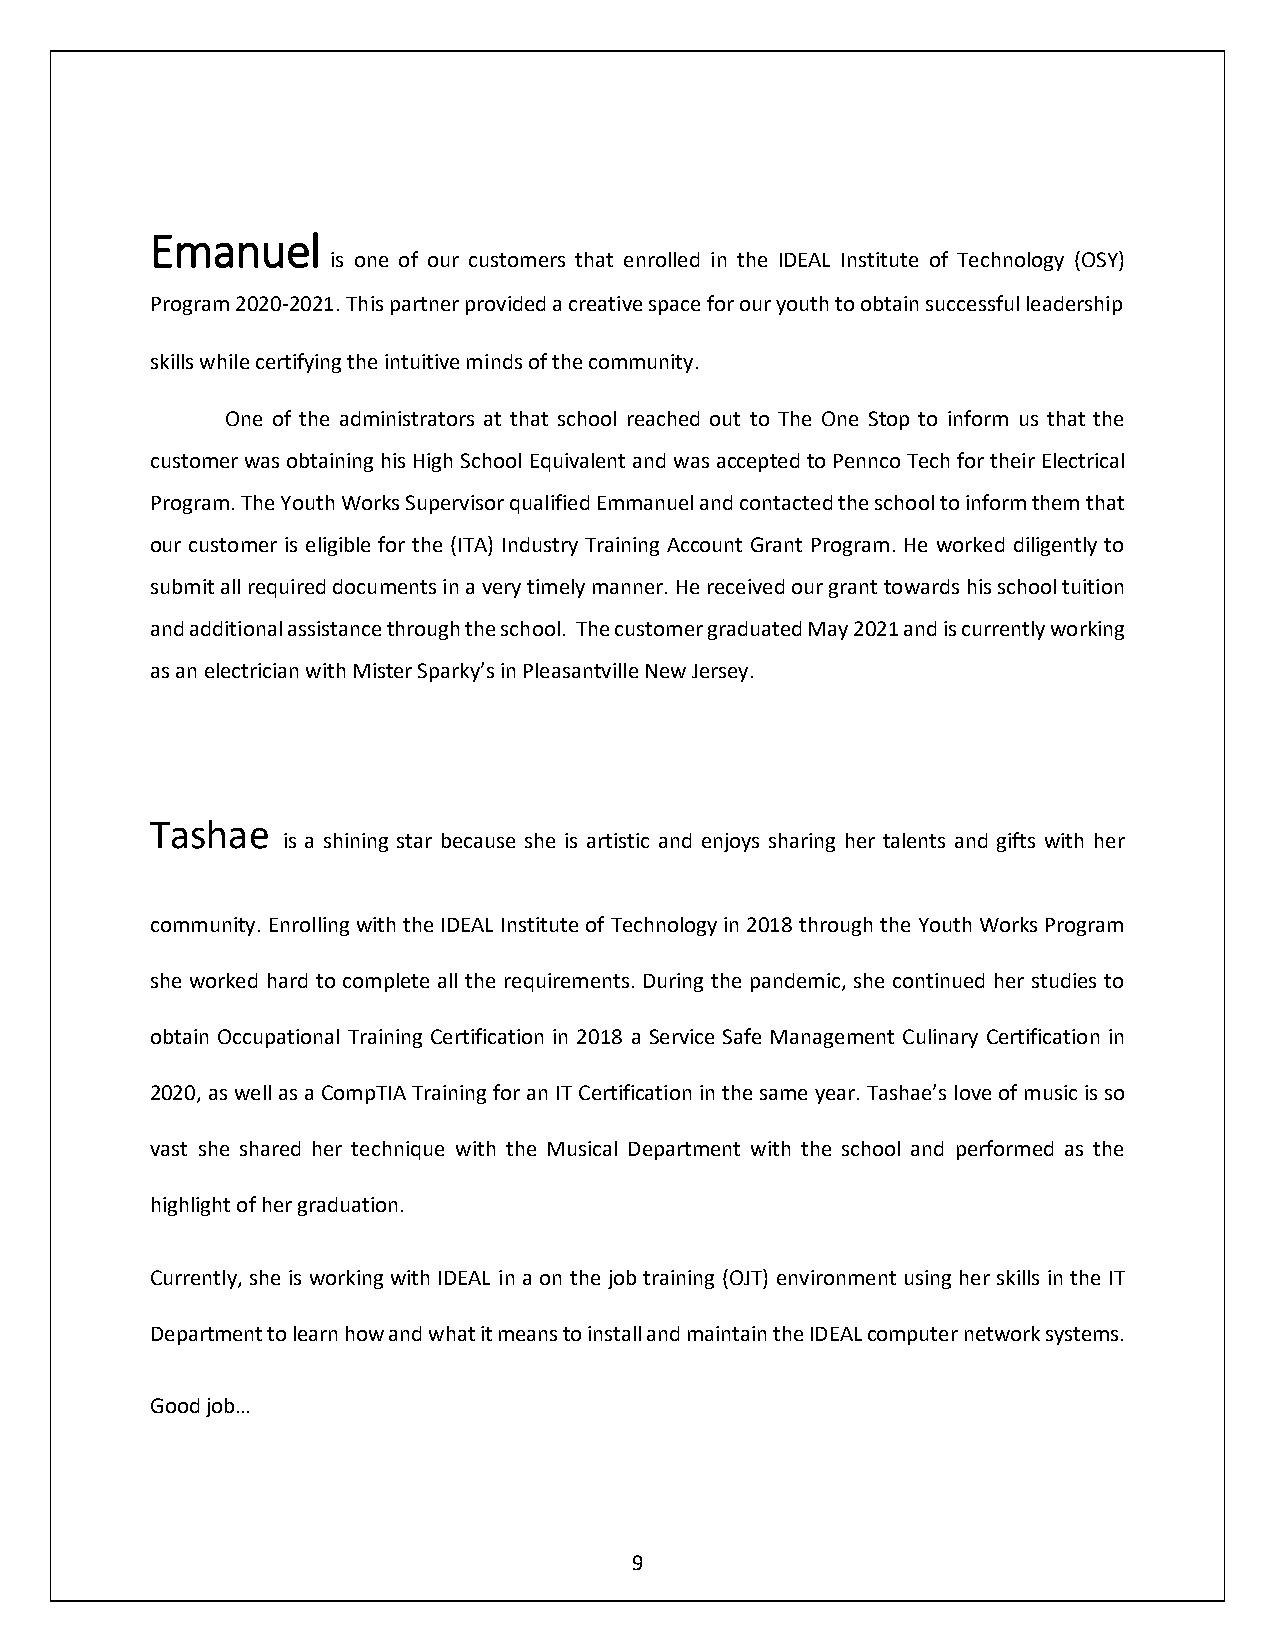
Emanuel
 is one of our customers that enrolled in the IDEAL Institute of Technology (OSY)
 Program 2020-2021. This partner provided a creative space for our youth to obtain successful leadership
 skills while certifying the intuitive minds of the community.
 One of the administrators at that school reached out to The One Stop to inform us that the
 customer was obtaining his High School Equivalent and was accepted to Pennco Tech for their Electrical
 Program. The Youth Works Supervisor qualified Emmanuel and contacted the school to inform them that
 our customer is eligible for the (ITA) Industry Training Account Grant Program. He worked diligently to
 submit all required documents in a very timely manner. He received our grant towards his school tuition
 and additional assistance through the school. The customer graduated May 2021 and is currently working
 as an electrician with Mister Sparky’s in Pleasantville New Jersey.
 Tashae
 is a shining star because she is artistic and enjoys sharing her talents and gifts with her
 community. Enrolling with the IDEAL Institute of Technology in 2018 through the Youth Works Program
 she worked hard to complete all the requirements. During the pandemic, she continued her studies to
 obtain Occupational Training Certification in 2018 a Service Safe Management Culinary Certification in
 2020, as well as a CompTIA Training for an IT Certification in the same year. Tashae’s love of music is so
 vast she shared her technique with the Musical Department with the school and performed as the
 highlight of her graduation.
 Currently, she is working with IDEAL in a on the job training (OJT) environment using her skills in the IT
 Department to learn how and what it means to install and maintain the IDEAL computer network systems.
 Good job…
 9